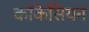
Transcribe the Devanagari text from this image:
कॉकेसियन